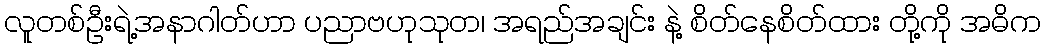
လူတစ်ဦးရဲ့အနာဂါတ်ဟာ ပညာဗဟုသုတ၊ အရည်အချင်း နဲ့ စိတ်နေစိတ်ထား တို့ကို အဓိက